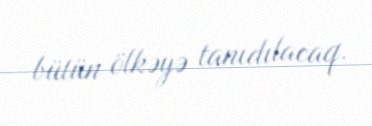
bütün ölkəyə tanıdılacaq.